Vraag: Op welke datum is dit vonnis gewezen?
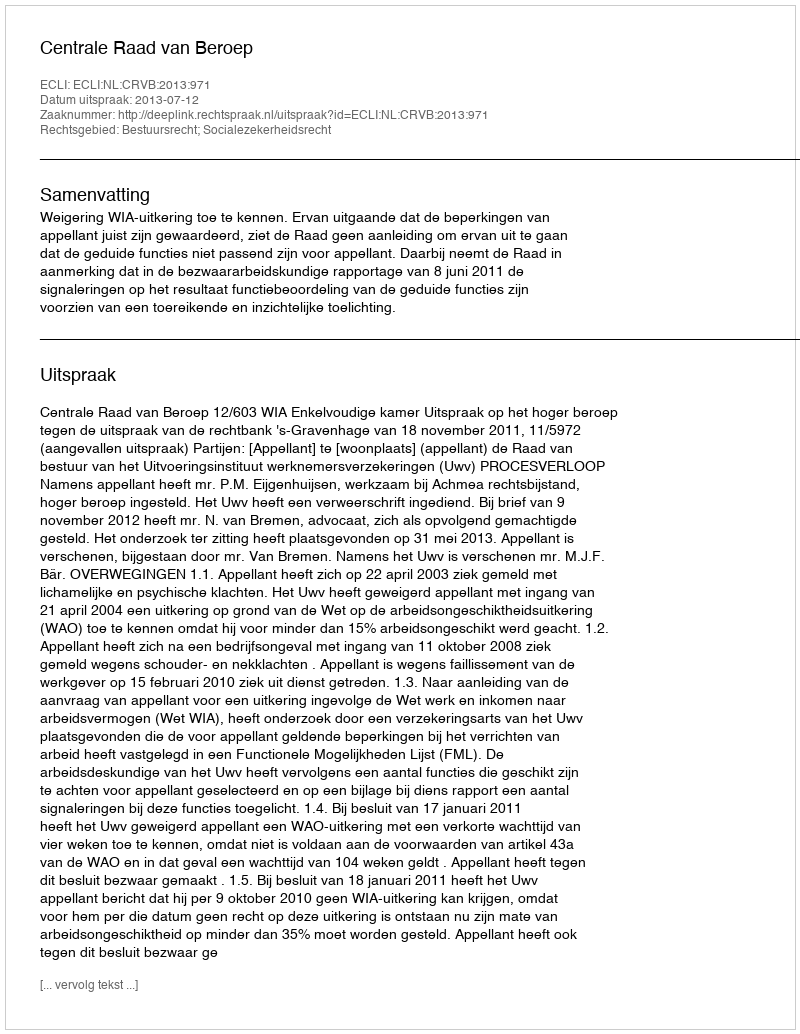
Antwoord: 2013-07-12